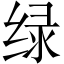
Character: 绿